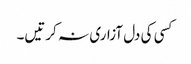
کسی کی دل آزاری نہ کرتیں۔